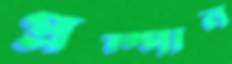
প্রম্পান